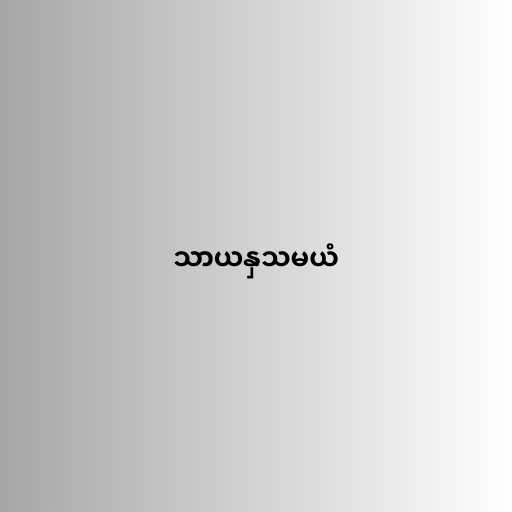
သာယနှသမယံ